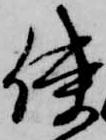
使